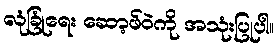
လုံခြုံရေး ဆော့ဖ်ဝဲကို အသုံးပြုပါ။